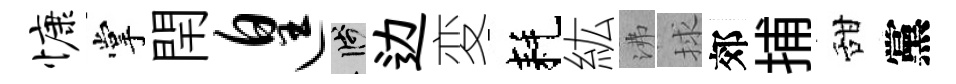
慷掌閈遑箋边変耗紘沸捄郊捕甜黨